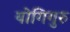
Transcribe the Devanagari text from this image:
योगिगुरु